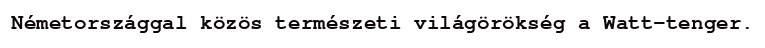
Németországgal közös természeti világörökség a Watt-tenger.